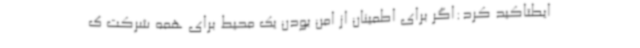
ایطتاکید کرد:اگر برای اطمینان از امن بودن یک محیط برای همه شرکت ک